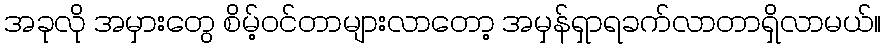
အခုလို အမှားတွေ စိမ့်ဝင်တာများလာတော့ အမှန်ရှာရခက်လာတာရှိလာမယ်။